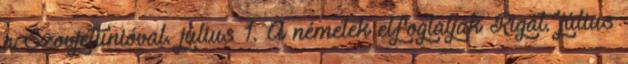
a Szovjetunióval. július 1. A németek elfoglalják Rigát. július